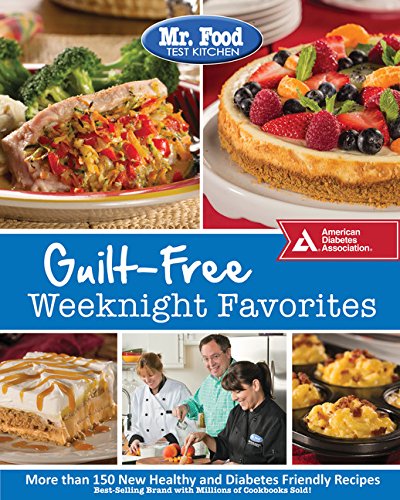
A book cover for Mr. Food Test Kitchen Guilt-Free Weeknight Favorites; Mr. Food Test Kitchen; Cookbooks, Food & Wine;